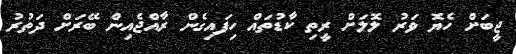
ޖީބަށް ހެޔޮ ވަރު ލޮލަށް ރީތި ކާޑުތައް ހިފައިގެން ރާއްޖެއިން ބޭރަށް ދަތުރު